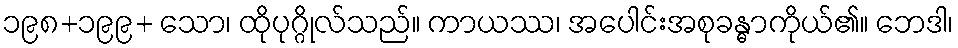
၁၉၈+၁၉၉+ သော၊ ထိုပုဂ္ဂိုလ်သည်။ ကာယဿ၊ အပေါင်းအစုခန္ဓာကိုယ်၏။ ဘေဒါ၊